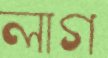
লাগ